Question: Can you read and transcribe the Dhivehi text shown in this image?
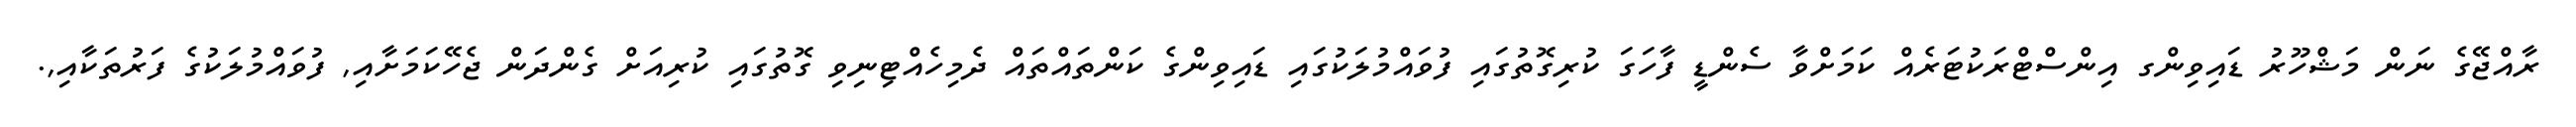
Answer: ރާއްޖޭގެ ނަން މަޝްހޫރު ޑައިވިންގ އިންސްޓްރަކުޓަރެއް ކަމަށްވާ ސެންޑީ ފާހަގަ ކުރިގޮތުގައި ފުވައްމުލަކުގައި ޑައިވިންގެ ކަންތައްތައް ދެމިހެއްޓިނިވި ގޮތުގައި ކުރިއަށް ގެންދަން ޖެހޭކަމަށާއި, ފުވައްމުލަކުގެ ފަރުތަކާއި,.